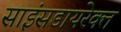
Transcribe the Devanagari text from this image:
साइंसडायरेक्त